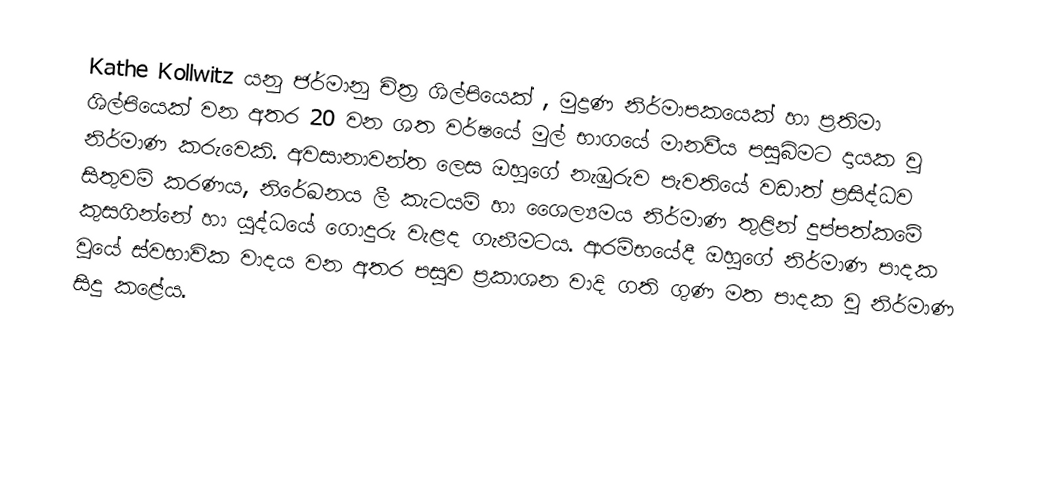
Kathe Kollwitz යනු ජර්මානු චිත්‍ර ශිල්පියෙක් , මුද්‍රණ නිර්මාපකයෙක් හා ප්‍රතිමා ශිල්පියෙක් වන අතර 20 වන ශත වර්ෂයේ මුල් භාගයේ මානවීය පසුබිමට දායක වු නිර්මාණ කරුවෙකි. අවසානාවන්ත ලෙස ඔහුගේ නැඹුරුව පැවතියේ වඩාත් ප්‍රසිද්ධව සිතුවම් කරණය, නිරේඛනය ලී කැටයම් හා ශෛල්‍යමය නිර්මාණ තුළින් දුප්පත්කමේ කුසගින්නේ හා යුද්ධයේ ගොදුරු වැළද ගැනීමටය. ආරම්භයේදී ඔහුගේ නිර්මාණ පාදක වුයේ ස්වභාවික වාදය වන අතර පසුව ප්‍රකාශන වාදි ගති ගුණ මත පාදක වු නිර්මාණ සිදු කළේය.